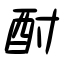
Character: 酎